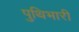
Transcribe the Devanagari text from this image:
पुथिभारी